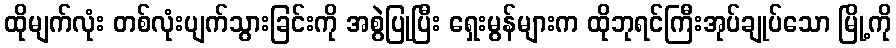
ထိုမျက်လုံး တစ်လုံးပျက်သွားခြင်းကို အစွဲပြုပြီး ရှေးမွန်များက ထိုဘုရင်ကြီးအုပ်ချုပ်သော မြို့ကို